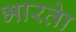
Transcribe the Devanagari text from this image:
भारताे